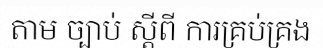
តាម ច្បាប់ ស្តីពី ការគ្រប់គ្រង